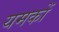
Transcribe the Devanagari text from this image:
यमकों